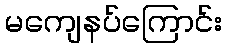
မကျေနပ်ကြောင်း